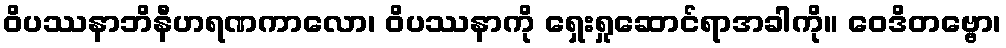
ဝိပဿနာဘိနီဟရဏကာလော၊ ဝိပဿနာကို ရှေးရှုဆောင်ရာအခါကို။ ဝေဒိတဗ္ဗော၊